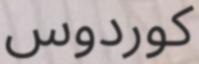
كوردوس